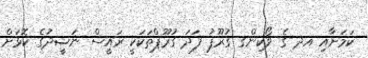
ކަމަށާއި އދ ގެ ވޯކިންގ ގުރޫޕު ފަދަ ގުރޫޕްތަކަކީ ރައީސް ނަޝީދުގެ ކޮޅަށް